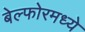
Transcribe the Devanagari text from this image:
बेल्फोरमध्ये